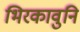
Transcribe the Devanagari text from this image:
भिरकावुनि